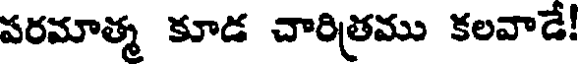
పరమాత్మ కూడ చారిత్రము కలవాడే!